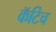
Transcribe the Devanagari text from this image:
कॅटिच